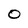
Character: O